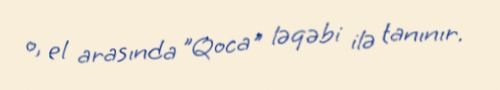
o, el arasında "Qoca" ləqəbi ilə tanınır.